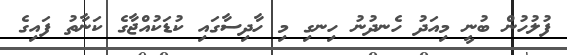
ފުލުހުން ބުނީ މިއަދު ހެނދުނު ހިނގި މި ހާދިސާގައި ކުޑަކުއްޖާގެ ކަނާތު ފައިގެ